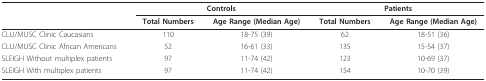
<table><thead><tr><td></td><td colspan="2"><b>Controls</b></td><td colspan="2"><b>Patients</b></td></tr><tr><td></td><td><b>Total Numbers</b></td><td><b>Age Range (Median Age)</b></td><td><b>Total Numbers</b></td><td><b>Age Range (Median Age)</b></td></tr></thead><tbody><tr><td>CLU/MUSC Clinic Caucasians</td><td>110</td><td>18-75 (39)</td><td>62</td><td>18-51 (36)</td></tr><tr><td>CLU/MUSC Clinic African Americans</td><td>52</td><td>16-61 (33)</td><td>135</td><td>15-54 (37)</td></tr><tr><td>SLEIGH Without multiplex patients</td><td>97</td><td>11-74 (42)</td><td>123</td><td>10-69 (37)</td></tr><tr><td>SLEIGH With multiplex patients</td><td>97</td><td>11-74 (42)</td><td>154</td><td>10-70 (39)</td></tr></tbody></table>